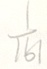
\frac { 1 } { 1 6 1 }